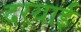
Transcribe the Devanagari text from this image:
दरयाई